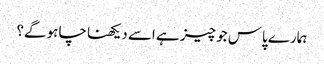
ہمارے پاس جو چیز ہے اسے دیکھنا چاہو گے؟